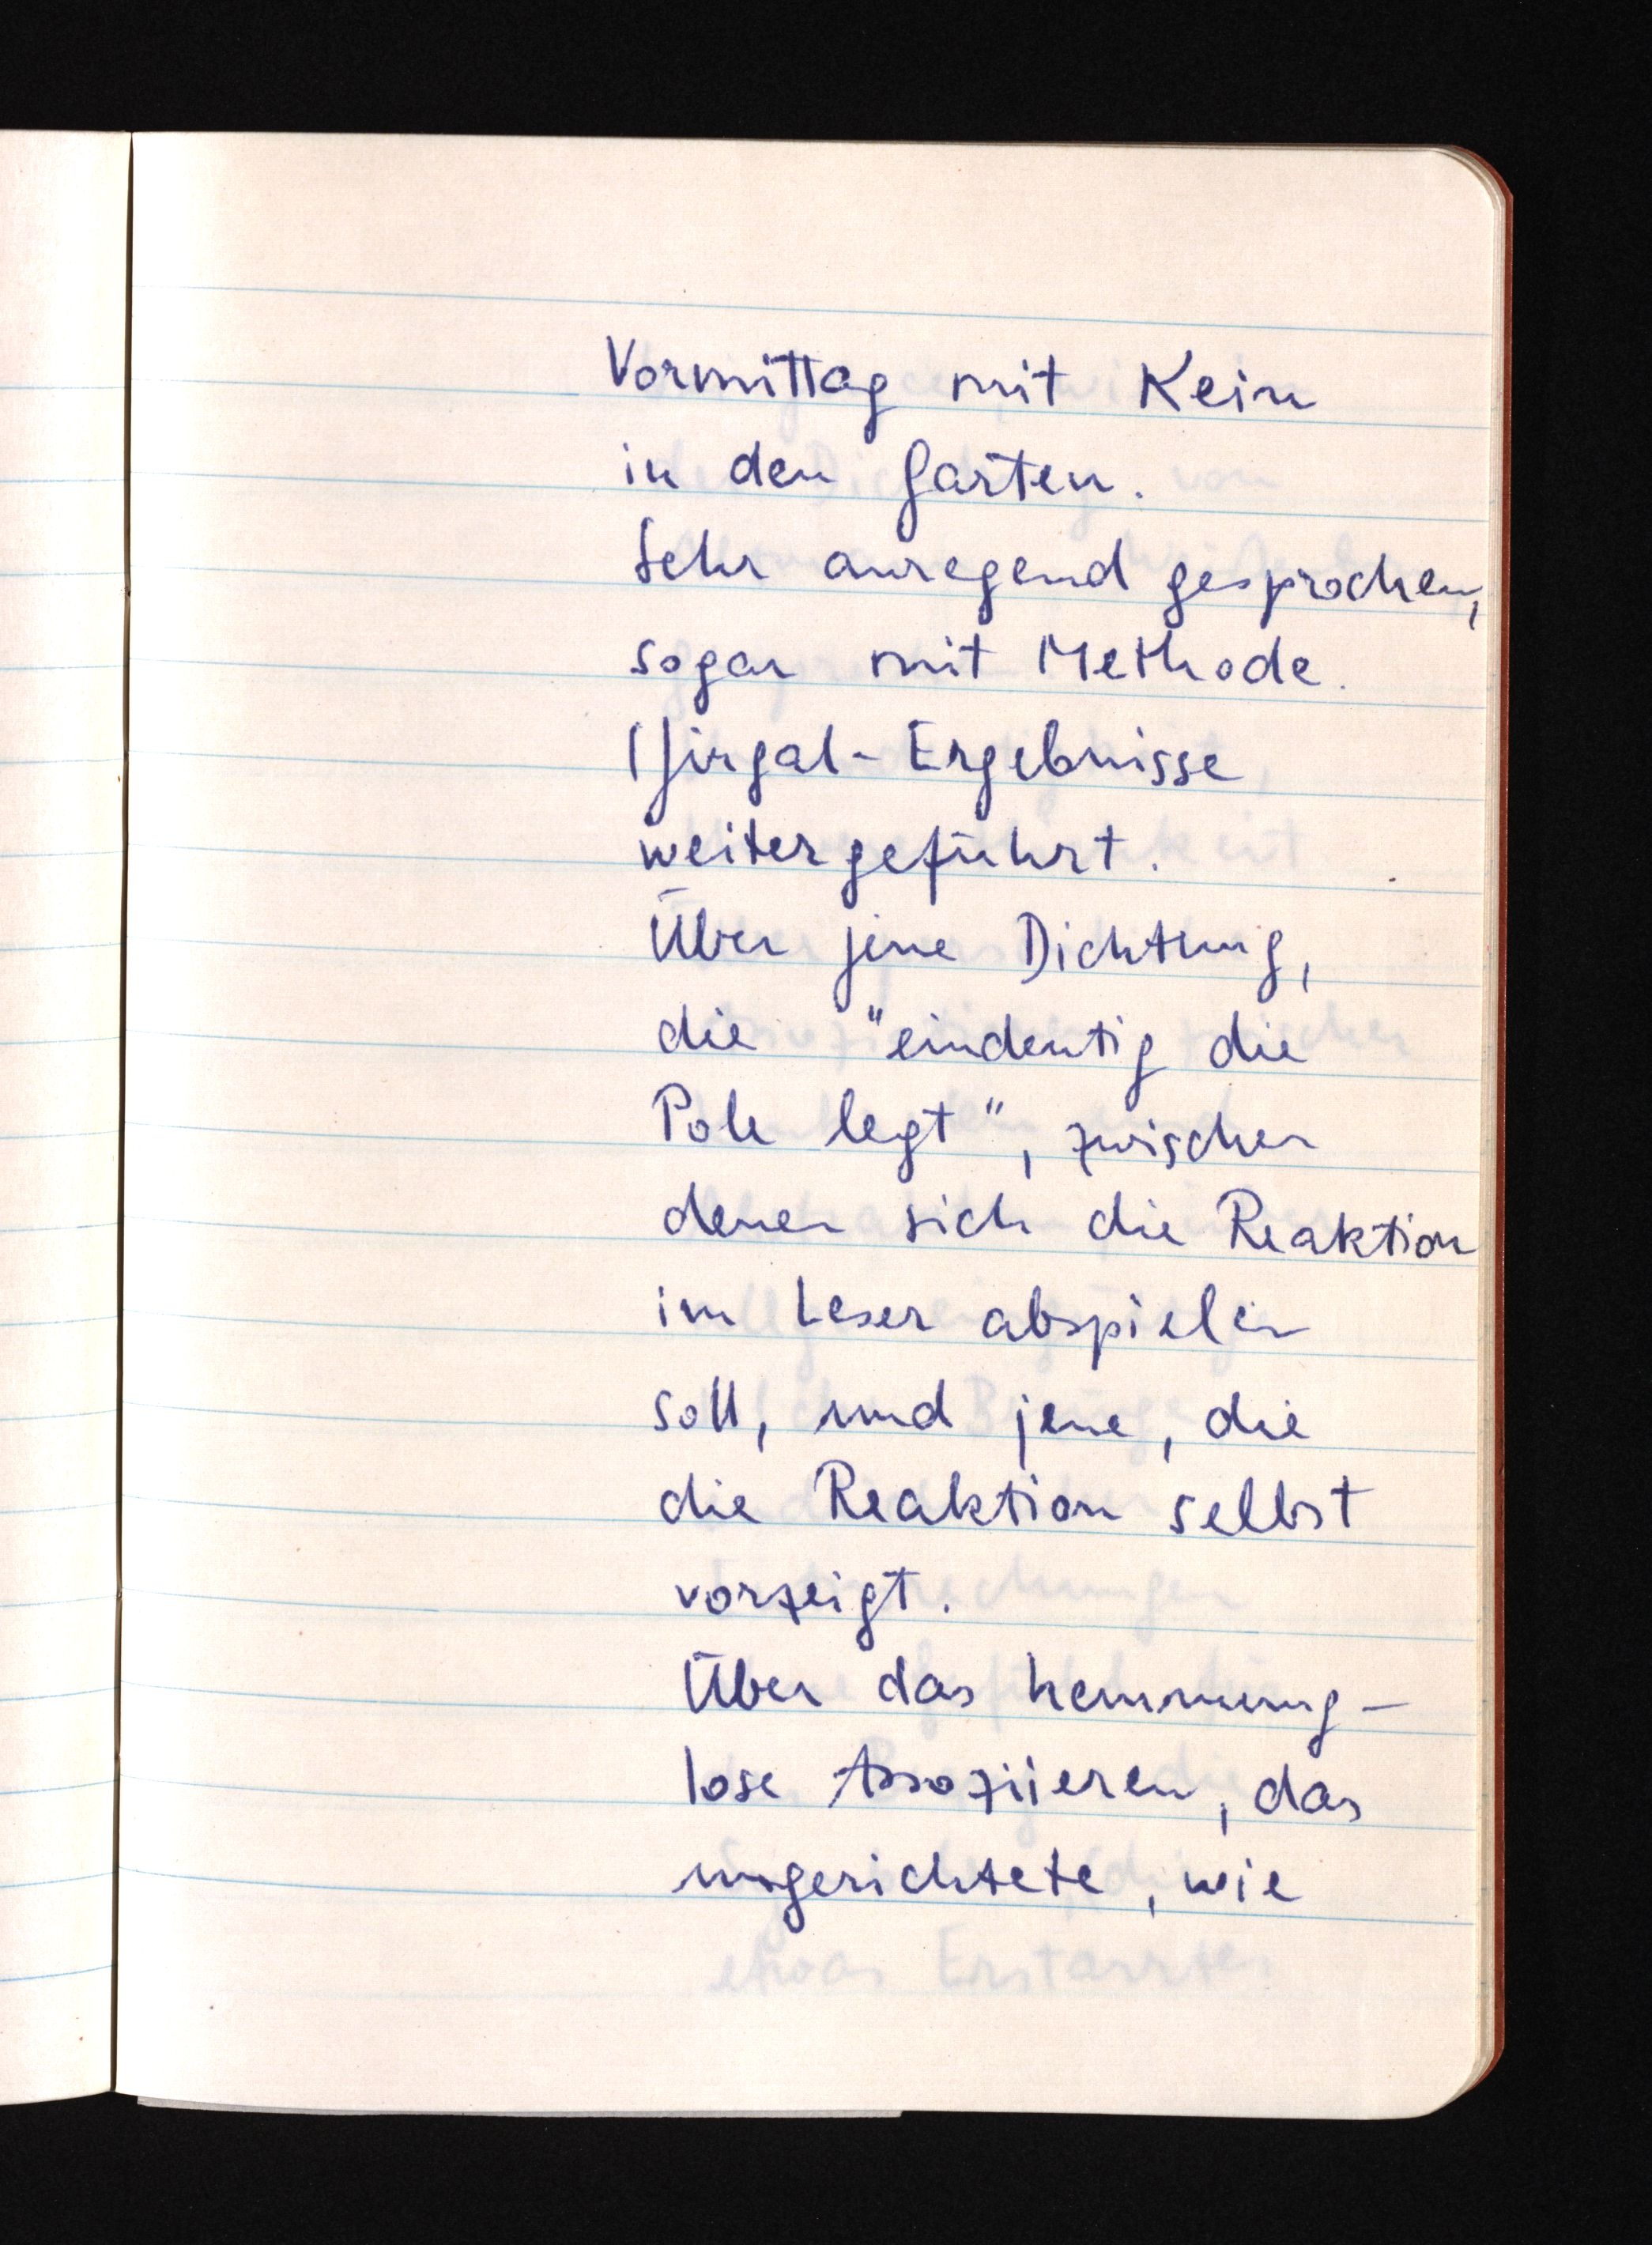
Vormittag mit Kein
in den Garten.
Sehr anregend gesprochen,
sogar mit Methode.
(Jirgal-Ergebnisse
weitergeführt.
Über jene Dichtung,
die "eindeutig die
Pole legt", zwischen
denen sich die Reaktion
im Leser abspielen
soll, und jene, die
die Reaktion selbst
vorzeigt.
Über das hemmung¬
lose Assoziieren, das
ungerichtete, wie